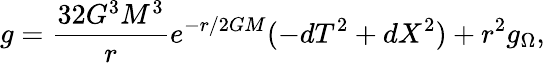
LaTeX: g={\frac{32G^{3}M^{3}}{r}}e^{-r/2GM}(-dT^{2}+dX^{2})+r^{2}g_{\Omega},